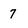
Character: 7